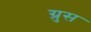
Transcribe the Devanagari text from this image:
ग्रुस